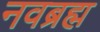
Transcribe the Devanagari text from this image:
नवब्रह्म